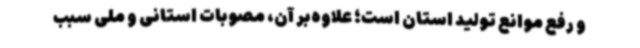
و رفع موانع تولید استان است؛ علاوه‌بر آن، مصوبات استانی و ملی سبب